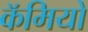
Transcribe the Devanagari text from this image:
कॅमियो